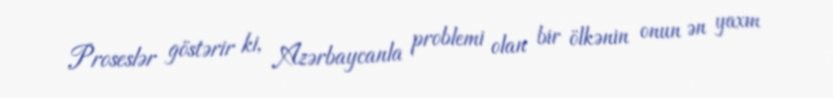
Proseslər göstərir ki, Azərbaycanla problemi olan bir ölkənin onun ən yaxın